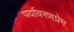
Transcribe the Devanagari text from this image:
पर्यावरणप्रेम